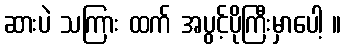
ဆားပဲ သကြား ထက် အပွင့်ပိုကြီးမှာပေါ့ ။